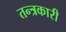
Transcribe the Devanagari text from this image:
तन्त्रकारी